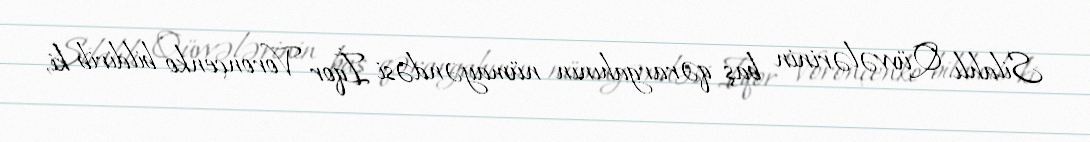
Silahlı Qüvvələrinin baş qərargahının nümayəndəsi İqor Voronçenko bildirib ki,